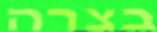
בצרה